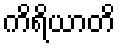
ကိရိယာတိ